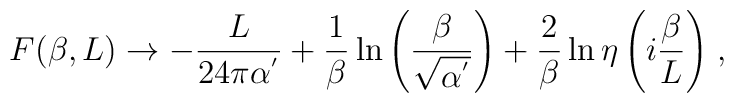
F(\beta,L)\rightarrow -\frac{L}{24 \pi \alpha^{'}}  +\frac{1}{\beta}\ln{\left(\frac{\beta}{\sqrt{\alpha^{'}}}\right)}  +\frac{2}{\beta}\ln{\eta\left(i\frac{\beta}{L}\right)}\;,